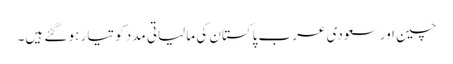
چین اور سعودی عرب پاکستان کی مالیاتی مدد کو تیار ہو گئے ہیں۔